Indian journal of veterinary science and animal husbandry - Volumes 22-23, 1952-1953
Year: 1952
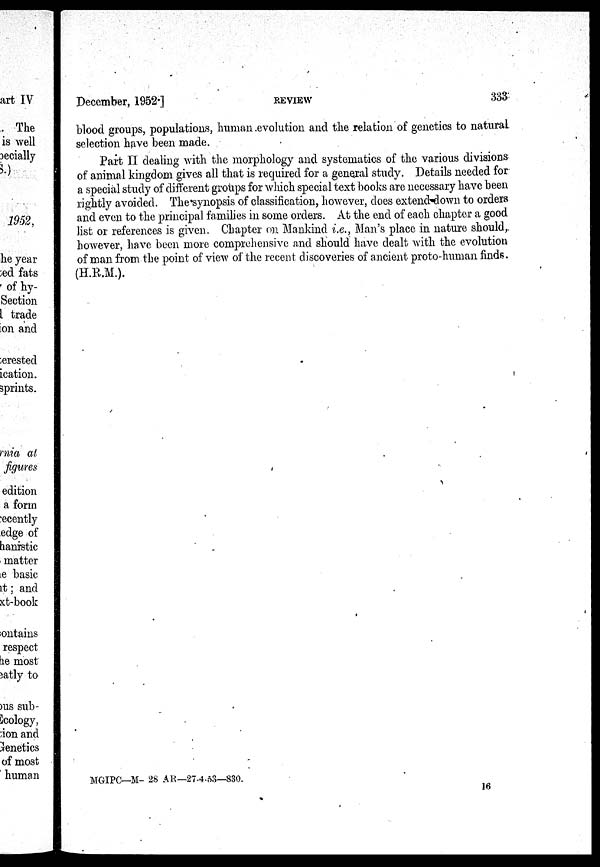
December, 1952.]
REVIEW
333
blood groups, populations, human evolution and the relation of genetics to natural
selection have been made.
Part II dealing with the morphology and systematics of the various divisions
of animal kingdom gives all that is required for a general study. Details needed for
a special study of different groups for which special text books are necessary have been
rightly avoided. The synopsis of classification, however, does extend down to orders
and even to the principal families in some orders. At the end of each chapter a good
list or references is given. Chapter on Mankind i.e., Man's place in nature should,
however, have been more comprehensive and should have dealt with the evolution
of man from the point of view of the recent discoveries of ancient proto-human finds.
(H.R.M.).
MGIPC—M- 28 AR—27.4.53—830.
16